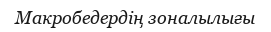
Макробедердің зоналылығы